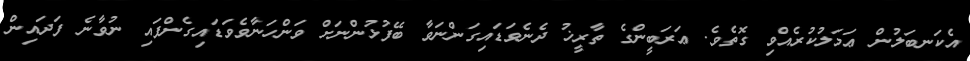
އެކަނބަލުން ޢަމަލުކުރެއްވި ގޮތެވެ. ޢަރަބީންގެ ތާރީޚު ދެނެވަޑައިގަންނަވާ ބޭފުޅުންނަށް ވަންހަނާވެވަޑައިގެންފައި ނުވާނެ ފަދައިން